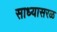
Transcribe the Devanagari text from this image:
साध्यासरळ